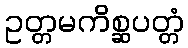
ဥတ္တမကိစ္ဆပတ္တံ